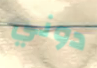
دوني